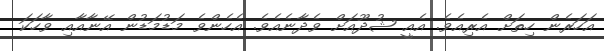
އަހަރެން ހިތަށް އެރިއެވެ. އެއީ ޝުދޫއަށް ވެދާނެއެވެ. އެހެންވެ މަޑުމަޑުން އޭނާއާއި ވާހަކަ